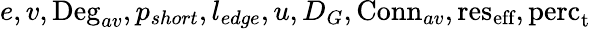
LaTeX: e,v,\textrm{Deg}_{av},p_{short},l_{edge},u,D_{G},\textrm{Conn}_{av},\textrm{res}_{\textrm{eff}},\textrm{perc}_{\textrm{t}}